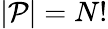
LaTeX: |\mathcal{P}|=N!